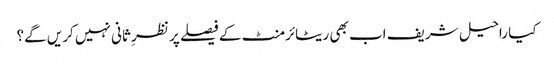
کیا راحیل شریف اب بھی ریٹائرمنٹ کے فیصلے پر نظرِ ثانی نہیں کریں گے؟